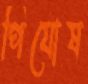
পিযোষ